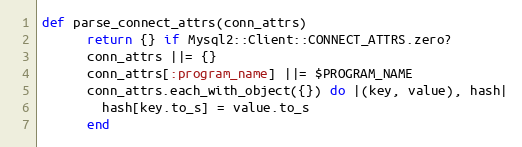
Language: Ruby
def parse_connect_attrs(conn_attrs)
      return {} if Mysql2::Client::CONNECT_ATTRS.zero?
      conn_attrs ||= {}
      conn_attrs[:program_name] ||= $PROGRAM_NAME
      conn_attrs.each_with_object({}) do |(key, value), hash|
        hash[key.to_s] = value.to_s
      end